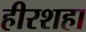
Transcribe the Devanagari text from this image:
हीरशहा